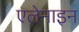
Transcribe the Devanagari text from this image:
एलेनाइन